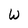
Character: W